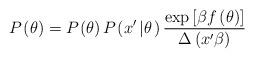
LaTeX: \begin{align*}P_{}\left( \theta\right) =P_{}\left( \theta\right)P_{}\left( x^{\prime}\left\vert \theta\right. \right) \frac{\exp\left[ \beta f\left( \theta\right) \right] }{\Delta\left( x^{\prime}\beta\right) } \end{align*}